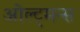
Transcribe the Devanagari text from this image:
ओल्ट्मन्स